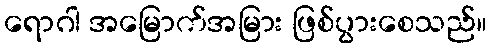
ရောဂါ အမြောက်အမြား ဖြစ်ပွားစေသည်။